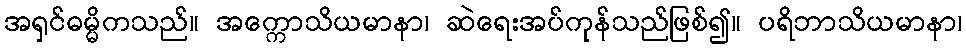
အရှင်ဓမ္မိကသည်။ အက္ကောသိယမာနာ၊ ဆဲရေးအပ်ကုန်သည်ဖြစ်၍။ ပရိဘာသိယမာနာ၊